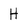
Character: H